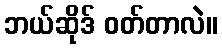
ဘယ်ဆိုဒ် ဝတ်တာလဲ။